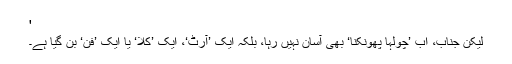
'
لیکن جناب، اب ’چولہا پھونکنا‘ بھی آسان نہیں رہا، بلکہ ایک ’آرٹ‘، ایک ’کلا‘ یا ایک ’فن‘ بن گیا ہے۔